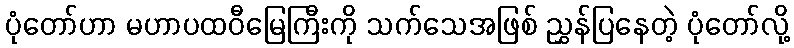
ပုံတော်ဟာ မဟာပထဝီမြေကြီးကို သက်သေအဖြစ် ညွှန်ပြနေတဲ့ ပုံတော်လို့